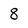
Character: 8